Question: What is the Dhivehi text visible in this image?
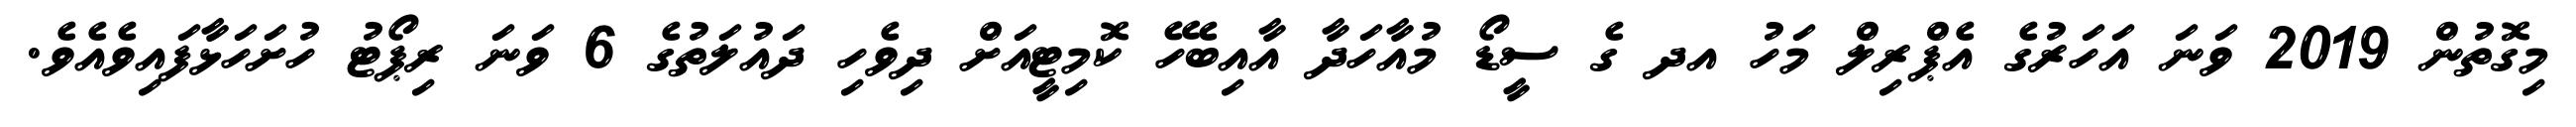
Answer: މިގޮތުން 2019 ވަނަ އަހަރުގެ އެޕްރިލް މަހު އދ ގެ ސީޑޯ މުއާހަދާ އާއިބެހޭ ކޮމިޓީއަށް ދިވެހި ދައުލަތުގެ 6 ވަނަ ރިޕޯޓު ހުށަހަޅާފައިވެއެވެ.